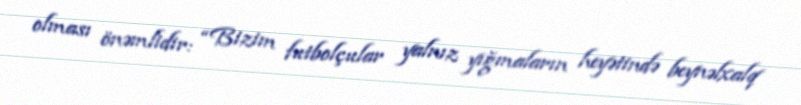
olması önəmlidir: “Bizim futbolçular yalnız yığmaların heyətində beynəlxalq